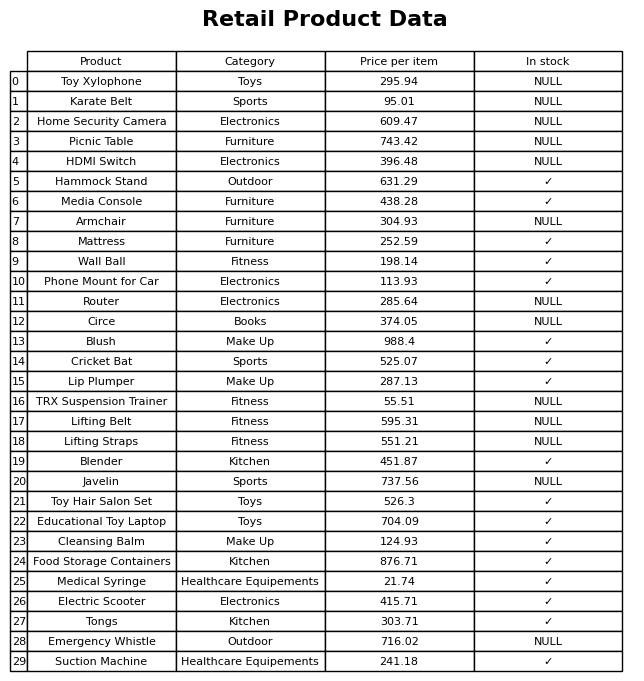
question: What is the price for Cricket Bat?
answer: The price of Cricket Bat is 525.07.